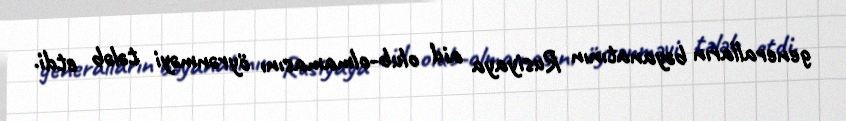
generalların bəyanatının Rusiyaya aid olub-olmamasını öyrənməyi tələb etdi.